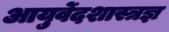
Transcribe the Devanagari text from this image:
आयुर्वेदशास्त्रज्ञ